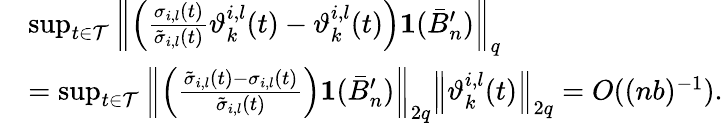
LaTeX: \begin{array}{rl}&{\operatorname*{sup}_{t\in\mathcal{T}}\left\| \left(\frac{\sigma_{i,l}(t)}{\tilde{\sigma}_{i,l}(t)}\vartheta_{k}^{i,l}(t)-\vartheta_{k}^{i,l}(t)\right)\mathbf 1(\bar{B}_{n}^{\prime})\right\| _{q}}\\ &{=\operatorname*{sup}_{t\in\mathcal{T}}\left\| \left(\frac{\tilde{\sigma}_{i,l}(t)-\sigma_{i,l}(t)}{\tilde{\sigma}_{i,l}(t)}\right)\mathbf 1(\bar{B}_{n}^{\prime})\right\| _{2q}\left\| \vartheta_{k}^{i,l}(t)\right\| _{2q}=O((nb)^{-1}).}\end{array}